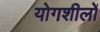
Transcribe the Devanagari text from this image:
योगशीलों